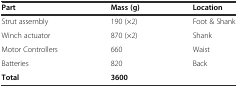
| Part | Mass (g) | Location |
 | --- | --- | --- |
 | Strut assembly | 190 (×2) | Foot & Shank |
 | Winch actuator | 870 (×2) | Shank |
 | Motor Controllers | 660 | Waist |
 | Batteries | 820 | Back |
 | Total | 3600 |  |